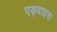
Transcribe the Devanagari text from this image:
एड्वाइस